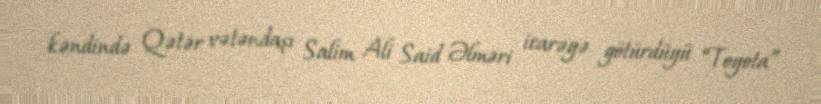
kəndində Qətər vətəndaşı Salim Ali Said Əlməri icarəyə götürdüyü “Toyota”